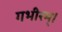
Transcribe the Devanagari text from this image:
गभीरम्।